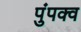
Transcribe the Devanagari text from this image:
पुंपक्व